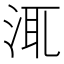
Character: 㳧